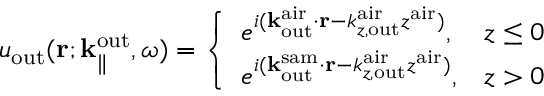
u _ { \mathrm { o u t } } ( { \bf r } ; { \bf k } _ { \parallel } ^ { \mathrm { o u t } } , \omega ) = \left\{ \begin{array} { l l } { e ^ { i ( { \bf k } _ { \mathrm { o u t } } ^ { \mathrm { a i r } } \cdot { \bf r } - k _ { z , \mathrm { o u t } } ^ { \mathrm { a i r } } z ^ { \mathrm { a i r } } ) } , } & { z \leq 0 } \\ { e ^ { i ( { \bf k } _ { \mathrm { o u t } } ^ { \mathrm { s a m } } \cdot { \bf r } - k _ { z , \mathrm { o u t } } ^ { \mathrm { a i r } } z ^ { \mathrm { a i r } } ) } , } & { z > 0 } \end{array} \right.